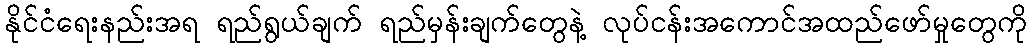
နိုင်ငံရေးနည်းအရ ရည်ရွယ်ချက် ရည်မှန်းချက်တွေနဲ့ လုပ်ငန်းအကောင်အထည်ဖော်မှုတွေကို